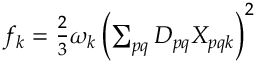
\begin{array} { r } { f _ { k } = \frac { 2 } { 3 } \omega _ { k } \left( \sum _ { p q } D _ { p q } X _ { p q k } \right) ^ { 2 } } \end{array}